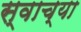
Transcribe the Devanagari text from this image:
स्वाच्या